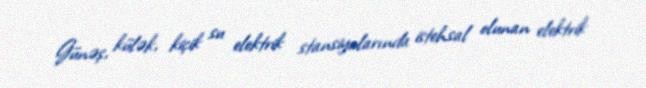
Günəş, külək, kiçik su elektrik stansiyalarında istehsal olunan elektrik